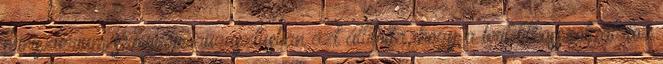
minisztérium szóvivője augusztusban azt állította, hogy a brit titkosszolgálatok